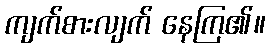
ကျက်စားလျက် နေကြ၏။